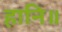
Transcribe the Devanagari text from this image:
हानि॥